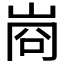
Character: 𭖣